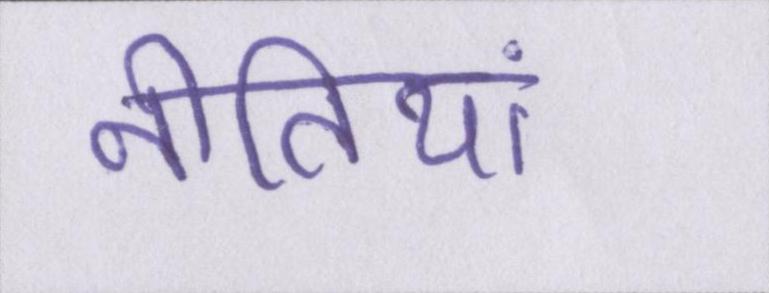
नीतियां